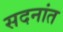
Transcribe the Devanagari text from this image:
सदनांत